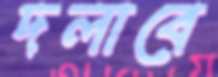
দলাবে